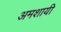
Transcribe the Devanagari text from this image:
अमशायी